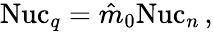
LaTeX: \begin{array}{r}{\mathrm{Nuc}_{q}=\hat{m}_{0}\mathrm{Nuc}_{n}\, ,}\end{array}